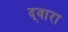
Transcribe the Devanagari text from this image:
द्‍वारा